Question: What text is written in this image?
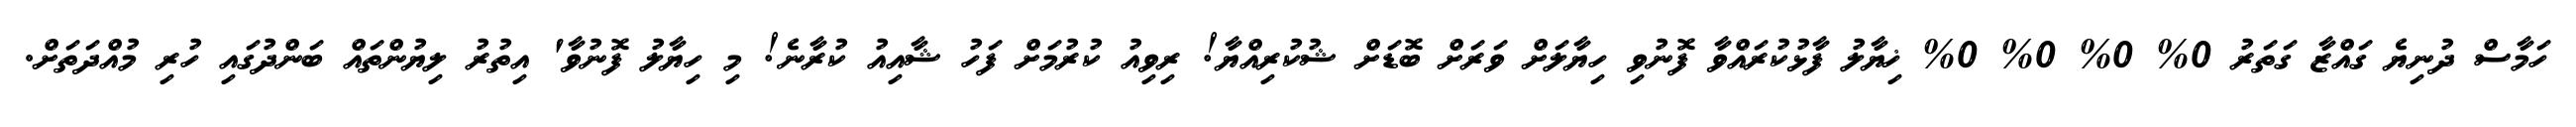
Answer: ހަމާސް ދުނިޔެ ގައްޒާ ގަތަރު 0% 0% 0% 0% ޚިޔާލު ފާޅުކުރައްވާ ފޮނުވި ހިޔާލަށް ވަރަށް ބޮޑަށް ޝުކުރިއްޔާ! ރިވިއު ކުރުމަށް ފަހު ޝާއިއު ކުރާނެ! މި ހިޔާލު ފޮނުވާ' އިތުރު ލިޔުންތައް ބަންދުގައި ހުރި މުއްދަތަށް.